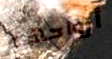
أرواحهم